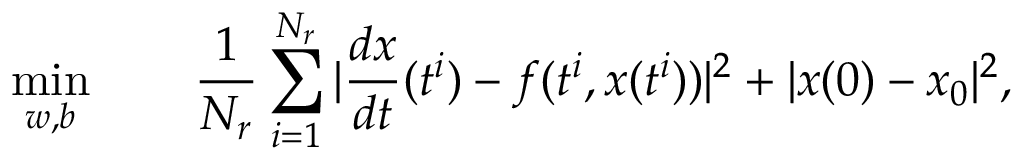
\operatorname* { m i n } _ { w , b } \qquad \frac { 1 } { N _ { r } } \sum _ { i = 1 } ^ { N _ { r } } | \frac { d x } { d t } ( t ^ { i } ) - f ( t ^ { i } , x ( t ^ { i } ) ) | ^ { 2 } + | x ( 0 ) - x _ { 0 } | ^ { 2 } ,